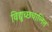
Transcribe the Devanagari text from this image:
विद्युच्छचालित